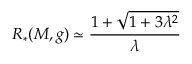
R _ { * } ( M , g ) \simeq \frac { 1 + \sqrt { 1 + 3 \lambda ^ { 2 } } } { \lambda }